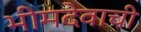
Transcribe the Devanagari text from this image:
भीमदेवाची